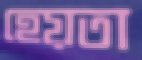
হেয়তা